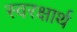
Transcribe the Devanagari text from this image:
स्वरक्षार्थ